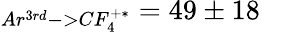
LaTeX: _{Ar^{3rd}->CF_{4}^{+*}}=49\pm 18\quad